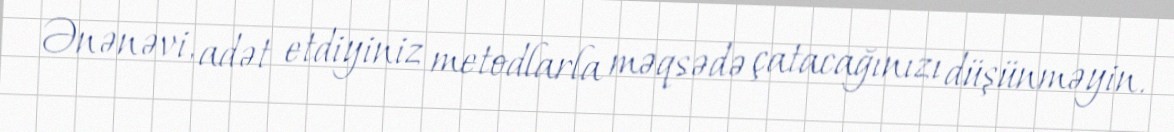
Ənənəvi, adət etdiyiniz metodlarla məqsədə çatacağınızı düşünməyin.